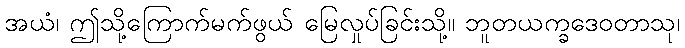
အယံ၊ ဤသို့ကြောက်မက်ဖွယ် မြေလှုပ်ခြင်းသို့။ ဘူတယက္ခဒေဝတာသု၊